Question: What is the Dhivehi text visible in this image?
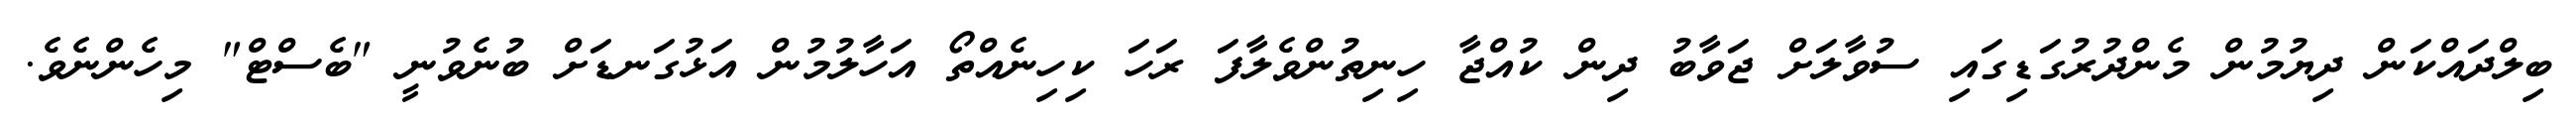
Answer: ބިލްދައްކަން ދިޔުމުން މެންދުރުގަޑިގައި ސުވާލަށް ޖަވާބު ދިން ކުއްޖާ ހިނިތުންވެލާފަ ރަހަ ކިހިނެއްތޯ އަހާލުމުން އަޅުގަނޑަށް ބުނެވުނީ "ބެސްޓް" މިހެންނެވެ.